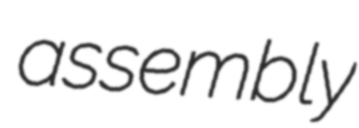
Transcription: assembly